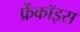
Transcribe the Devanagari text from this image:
फ्रेंकॉइस